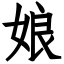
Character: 娘